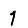
Digit: 1